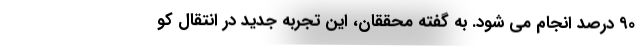
۹۰ درصد انجام می شود. به گفته محققان، این تجربه جدید در انتقال کو